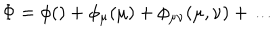
\Phi = \phi ( ) + \phi _ { \mu } ( \mu ) + \phi _ { \mu \nu } ( \mu , \nu ) + \ldots